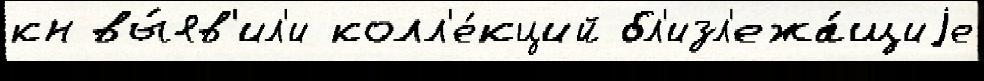
кн вы́яв'ил'и колл'е́кций бл'изл'ежа́щиjе